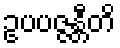
ဥပပဇ္ဇန္တီတိ